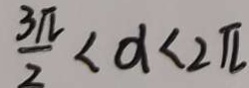
\frac { 3 \pi } { 2 } < d < 2 \pi